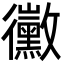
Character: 黴